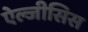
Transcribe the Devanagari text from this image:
ऐल्जीसिस